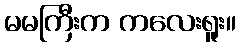
မမကြီးက ကလေးရူး။